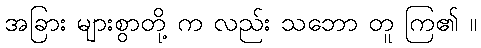
အခြား များစွာတို့ က လည်း သဘော တူ ကြ၏ ။